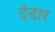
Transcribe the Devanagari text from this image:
दंडार